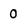
Character: 0